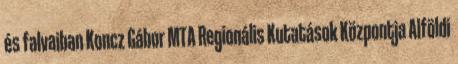
és falvaiban Koncz Gábor MTA Regionális Kutatások Központja Alföldi